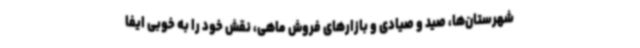
شهرستان‌ها، صید و صیادی و بازارهای فروش ماهی، نقش خود را به خوبی ایفا